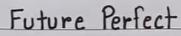
Future Perfect